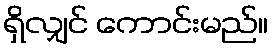
ရှိလျှင် ကောင်းမည်။